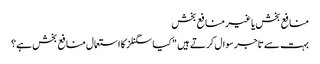
منافع بخش یا غیر منافع بخش
بہت سے تاجر سوال کرتے ہیں "کیا سگنلز کا استعمال منافع بخش ہے؟